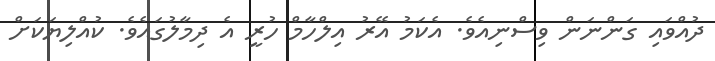
ދުއްވައި ގަންނަން ވިސްނިއެވެ. އެކަމު އޭރު އިލްހާމް ހުރީ އެ ދިމާލުގައެވެ. ކުއްލިޔަކަށް